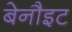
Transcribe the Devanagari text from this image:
बेनौइट